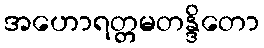
အဟောရတ္တမတန္ဒိတော